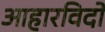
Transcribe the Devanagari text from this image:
आहारविदों